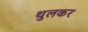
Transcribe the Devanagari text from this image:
थुलकर